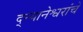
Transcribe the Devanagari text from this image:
द्न्यानेश्वरांचे